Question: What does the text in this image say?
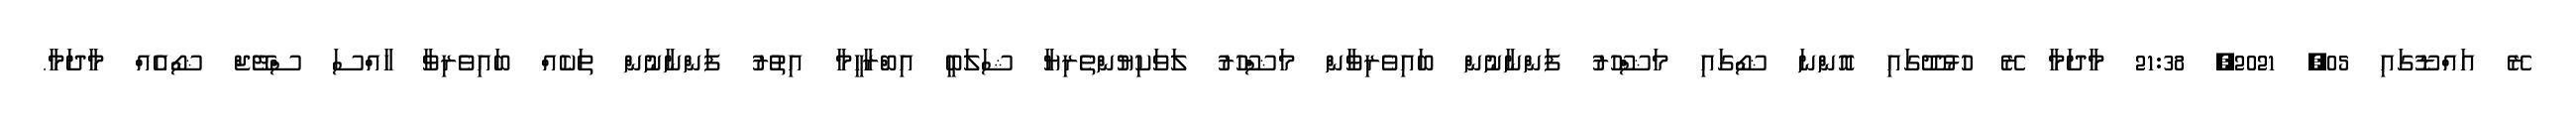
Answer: ރޭ އައްޑޫގައި 05, 2021, 21:38 މާދަމާ ރޭ ހުޅުދޫގައި އޮންނަ ޝޯގައި މަޝްހޫރު ފަންނާނުން ބައިވެރިވާން މަޝްހޫރު ލަވަކިޔުންތެރިޔާ ޝަލަބީ އިބްރާހީމާ އިތުރު ފަންނާނުން ތަކެއް ބައިވެރިވާ ހާއްސަ ސްޓޭޖް ޝޯއެއް މާދަމާ.